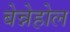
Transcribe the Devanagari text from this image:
बेन्नेहोल